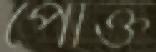
পোক্ত